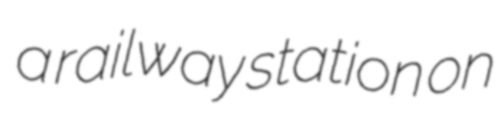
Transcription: a railway station on